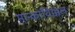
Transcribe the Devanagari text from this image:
मान्कोयिक्कल्